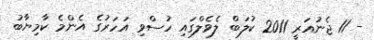
- 11 ޖެނުއަރީ 2011 ކުލަބް ލެވެލްގައި ހުސްވި އަހަރުގެ އެންމެ ކާމިޔާބު